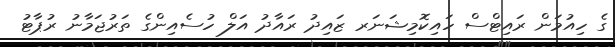
ގެ ހިއުމަން ރައިޓްސް ހައިކޮމިޝަނަރ ޒައިދު ރައާދު އަލް ހުސެއިންގެ ތަރުޖަމާނު ރުޕާޓު